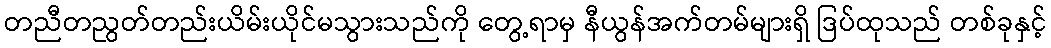
တညီတညွတ်တည်းယိမ်းယိုင်မသွားသည်ကို တွေ့ရာမှ နီယွန်အက်တမ်များရှိ ဒြပ်ထုသည် တစ်ခုနှင့်